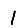
Digit: 1